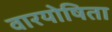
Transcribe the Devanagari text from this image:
वारयोषिता